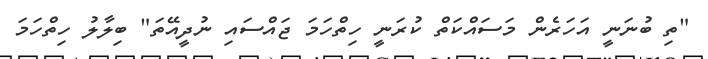
"ތި ބުނަނީ އަހަރެން މަސައްކަތް ކުރަނީ ހިތްހަމަ ޖައްސައި ނުދީއޭތަ" ބިލާލު ހިތްހަމަ